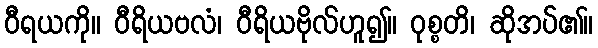
ဝီရယကို။ ဝီရိယဗလံ၊ ဝီရိယဗိုလ်ဟူ၍။ ဝုစ္စတိ၊ ဆိုအပ်၏။